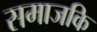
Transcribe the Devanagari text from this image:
समाजकि